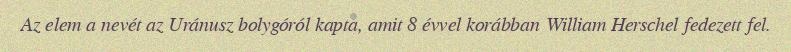
Az elem a nevét az Uránusz bolygóról kapta, amit 8 évvel korábban William Herschel fedezett fel.